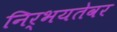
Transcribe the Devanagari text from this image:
निर्भयतेवर